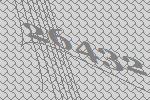
26432